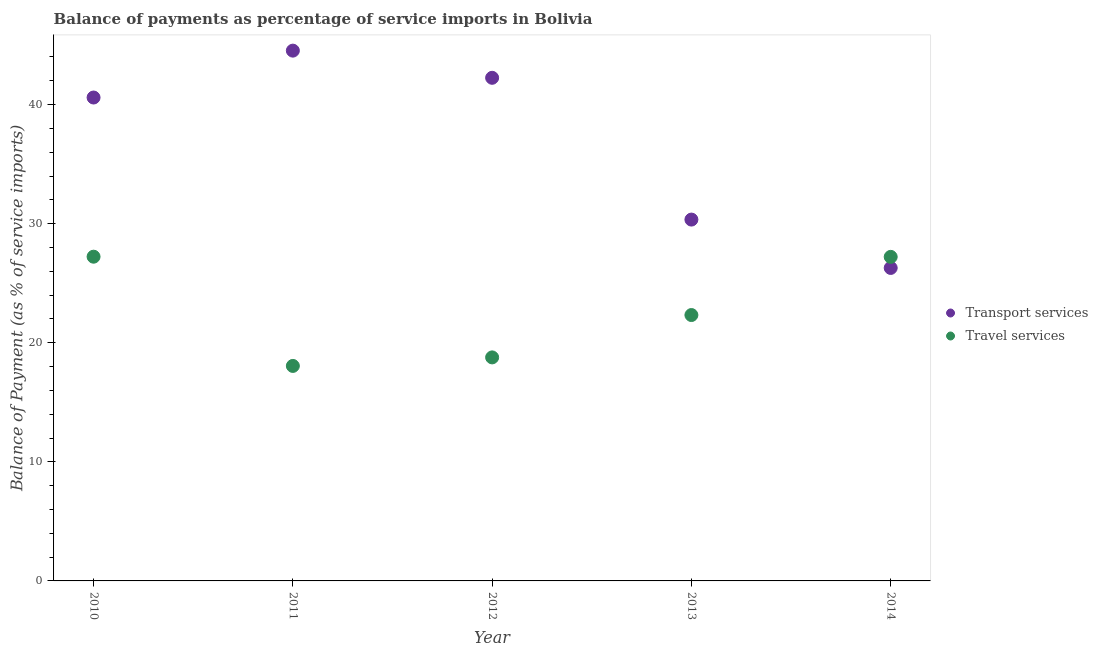
| Year | Transport services | Travel services |
 | --- | --- | --- |
 | 2010 | 40.6 | 27.2 |
 | 2011 | 44.5 | 18.1 |
 | 2012 | 42.3 | 18.8 |
 | 2013 | 30.3 | 22.3 |
 | 2014 | 26.3 | 27.2 |